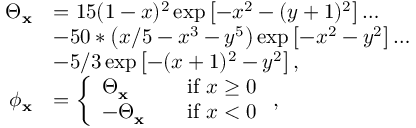
\begin{array} { r l } { \Theta _ { \mathbf { x } } } & { = 1 5 ( 1 - x ) ^ { 2 } \exp \left[ - x ^ { 2 } - ( y + 1 ) ^ { 2 } \right] \ldots } \\ & { - 5 0 * \left( x / 5 - x ^ { 3 } - y ^ { 5 } \right) \exp \left[ - x ^ { 2 } - y ^ { 2 } \right] \ldots } \\ & { - 5 / 3 \exp \left[ - ( x + 1 ) ^ { 2 } - y ^ { 2 } \right] , } \\ { \phi _ { \mathbf { x } } } & { = \left\{ \begin{array} { l l } { \Theta _ { \mathbf { x } } } & { \quad \mathrm { i f ~ } x \geq 0 } \\ { - \Theta _ { \mathbf { x } } } & { \quad \mathrm { i f ~ } x < 0 } \end{array} \right. , } \end{array}